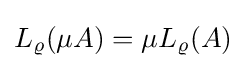
L_{\varrho }(\mu A)=\mu L_{\varrho }(A)